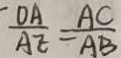
\frac { O A } { A E } = \frac { A C } { A B }